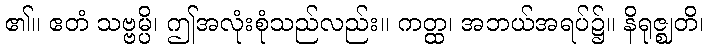
၏။ ဧတံ သဗ္ဗမ္ပိ၊ ဤအလုံးစုံသည်လည်း။ ကတ္ထ၊ အဘယ်အရပ်၌။ နိရုဇ္ဈတိ၊